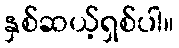
နှစ်ဆယ့်ရှစ်ပါ။